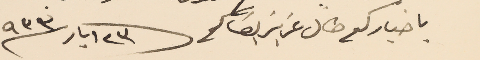
باخباركم طال عزيز بقاكم  ٢٣ ايار  ٩٣٣